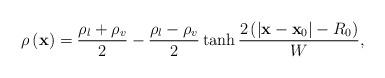
LaTeX: \begin{align*}\rho \left( {\bf{x}} \right) = \frac{{{\rho _l} + {\rho _v}}}{2} - \frac{{{\rho _l} - {\rho _v}}}{2}\tanh \frac{{2\left( {\left| {{\bf{x}} - {{\bf{x}}_0}} \right| - {R_0}} \right)}}{W},\end{align*}